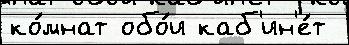
ко́мнат обо́и каб'ин'е́т